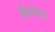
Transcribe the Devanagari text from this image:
ग्रैनाडा